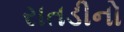
રાતડીનો